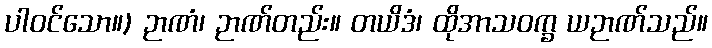
ပါဝင်သော။) ဉာဏံ၊ ဉာဏ်တည်း။ တယိဒံ၊ ထိုအာသဝက္ခ ယဉာဏ်သည်။